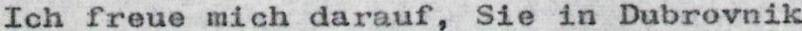
Ich freue mich darauf, Sie in Dubrovnik